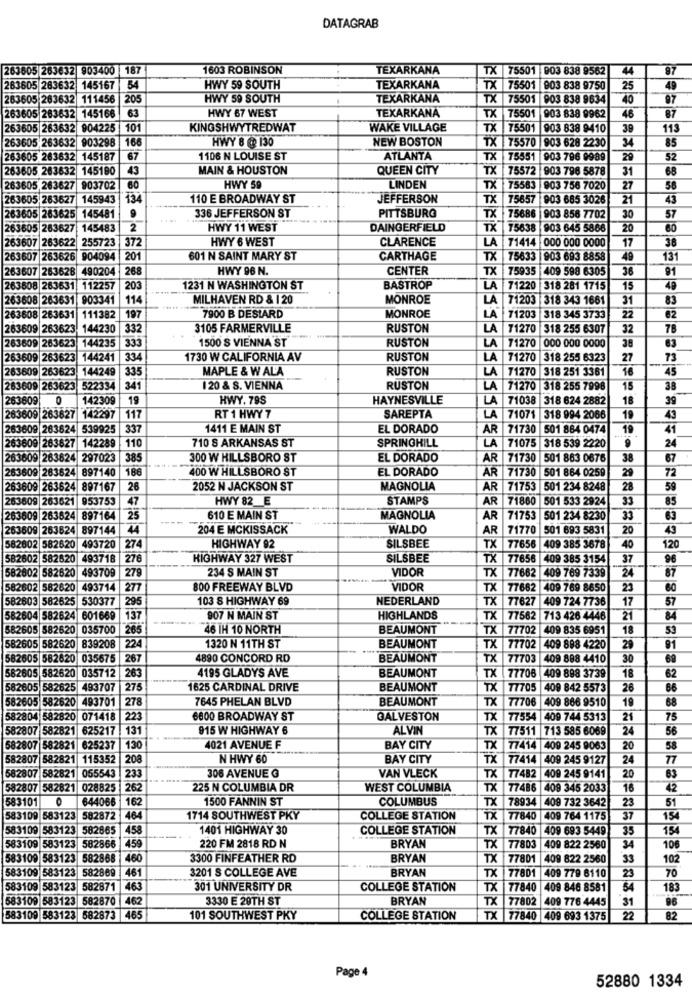
DATAGRAB
263605 263632 903400 187
1603 ROBINSON
TEXARKANA
TX 75501 903 838 9562
44
87
263605 263632 145167 54
HWY 59 SOUTH
TEXARKANA
TX 75501 903 838 9750
25
49
263605 263632 111456 |205
HWY 59 SOUTH
.
TEXARKANA
TX 75501 903 838 9634
410
97
HWY 67 WEST
87
263605 263632 145166 63
TEXARKANA
TX 75501 903 838 9962
46
263605 263632 904225 101
KINGSHWYTREDWAT
WAKE VILLAGE
TX 75501 903 838 9410
39
113
263605 263632 903298
166
HWY 8 @ 130
NEW BOSTON
TX 75570 903 628 2230
34
85
263605 263632 145187
67
1106 N LOUISE ST
ATLANTA
TX 75551 903 796 9989
29
52
263605 263632 145190
43
MAIN & HOUSTON
QUEEN CITY
TX 75572 903 796 5878
31
68
263605 263627 903702 60
HWY 59
LINDEN
TX 75583 903 756 7020
27
58
263605 263627 145943
134
110 E BROADWAY ST
JEFFERSON
TX
75657
903 685 3026
21
43
9
336 JEFFERSON ST
263605 263625 145481
PITTSBURG
TX 75686
903 856 7702
30
57
263605 263627
145483
2
HWY 11 WEST
DAINGERFIELD
TX 75638
903 645 5866
20
60
263607 263622
HWY 6 WEST
CLARENCE
LA 71414 000 000 0000
17
38
255723 372
263607 263626 904094 201
601 N SAINT MARY ST
CARTHAGE
TX
75633 903 693 8858
49
131
263607 263628
490204 268
HWY 96 N.
CENTER
TX
75935
409 598 6305
36
91
263608 263631 112257
203
1231 N WASHINGTON ST
BASTROP
LA
71220 318 281 1715
15
40
263608 263631 903341
114
MILHAVEN RD & 120
MONROE
LA
71203 318 343 1661
31
83
MONROE
62
263608 263631
111382 197
7900 B DESLARD
LA
71203 318 345 3733
22
263609 263623
144230
332
3105 FARMERVILLE
RUSTON
LA
71270 318 255 6307
32
78
263609 263623
144235
333
1500 S VIENNA ST
RUSTON
LA 71270 000 000 0000
38
63
263609 263623
144241
334
1730 W CALIFORNIA AV
RUSTON
LA
71270 318 255 6323
27
73
263623
144249
335
MAPLE & W ALA
RUSTON
LA 71270 318 251 3361
16
45
263609 263623
522334
341
120 & S. VIENNA
RUSTON
LA 71270 318 255 7998
15
38
263809
142309
19
HWY. 79S
HAYNESVILLE
LA
71038 318 624 2882
18
39
263609 263827 142297
117
RT 1 HWY 7
SAREPTA
LA
71071 318 994 2066
43
28360
263624 539925
337
1411 E MAIN ST
EL DORADO
AR
71730 501 884 0474
19
41
110
710 S ARKANSAS ST
SPRINGHILL
LA
71075 318 539 2220
9
24
263609 263627
142289
263609 263824 297023
385
300 W HILLSBORO ST
EL DORADO
AR
71730 501 863 0676
38
67
609 283624
897140
186
400 W HILLSBORO ST
EL DORADO
AR
71730 501 864 0259
29
72
263609 263624
897167
26
2052 N JACKSON ST
MAGNOLIA
AR
71753 501 234 8248
28
59
263609 263621 953753
953753
47
HWY 82 E
STAMPS
AR
71860
501 533 2924
33
85
263609 263624 897164
897164
25
610 E MAIN ST
MAGNOLIA
AR
71753
501 234 8230
33
63
263609 263624
897144
44
204 E MCKISSACK
WALDO
AR
71770
501 693 5831
20
43
HIGHWAY 92
SILSBEE
120
582602 582620
493720
274
TX
77656
409 385 3678
40
582602
582620
493718
276
HIGHWAY 327 WEST
SILSBEE
TX
77656
409 385 3154
37
96
582602
582620
493709
27
234 S MAIN ST
VIDOR
TX
77662
409 769 7339
24
87
582602
582620
493714
277
800 FREEWAY BLVD
VIDOR
TX
77682 409 769 8650
23
582603 582625
530377
295
103 8 HIGHWAY 69
NEDERLAND
TX
77627
409 724 7736
17
57
582604 582624
582624
601669
137
907 N MAIN ST
HIGHLANDS
TX
77562 713 426 4446
21
582605 582620
035700
265
46 IH 10 NORTH
BEAUMONT
TX
77702
409 835 6951
18
53
839208
582605 582620
224
1320 N 11TH ST
BEAUMONT
TX
77702 |409 898 4220
29
81
582605 582620
035675
267
4890 CONCORD RD
BEAUMONT
TX
77703 409 888 4410
30
69
582605 582620
582620
035712
263
4195 GLADYS AVE
BEAUMONT
77706
62
TX
409 898 3739
18
582605 582625
493707
27
1625 CARDINAL DRIVE
BEAUMONT
TX 77705
409 842 5573
26
66
582605 582620
493701
278
7645 PHELAN BLVD
BEAUMONT
TX 77706
409 866 9510
19
68
582804 582820
071418
223
6800 BROADWAY ST
GALVESTON
TX 77554 |409 744 5313
21
75
582807 582821 625217 131
915 W HIGHWAY 6
ALVIN
TX 77511 713 585 6069
24
56
582807 582821 625237
130
4021 AVENUE F
BAY CITY
TX 77414 409 245 9063
20
58
582807 582821 115352
208
N HWY 60
BAY CITY
TX 77414 409 245 9127
24
77
233
306 AVENUE G
VAN VLECK
582807 582821 055543
TX
77482 409 245 9141
20
63
582807 582821 028825 262
225 N COLUMBIA DR
WEST COLUMBIA
TX 77486
409 345 2033
16
42
583101
644066
162
1500 FANNIN ST
COLUMBUS
TX 78934
23
51
409 732 3642
583109 583123 582872
464
1714 SOUTHWEST PKY
COLLEGE STATION
TX 77840
409 764 1175
37
154
583109 583123 582865
4.58
1401 HIGHWAY 30
COLLEGE STATION
TX 77840
409 693 5449
35
154
BRYAN
583109 583123 582866
459
220 FM 2818 RD N
TX
77803
409 822 2560
34
106
583109 583123 582868
460
3300 FINFEATHER RD
BRYAN
TX
77801
409 822 2560
33
102
583109 583123
582869
461
3201 S COLLEGE AVE
BRYAN
TX 77801
23
70
409 779 6110
583109 583123
582871
463
301 UNIVERSITY DR
COLLEGE STATION
TX
77840
409 846 8581
54
183
583109 583123 582870
462
3330 E 29TH ST
BRYAN
TX
77802
409 776 4445
31
96
583109 583123 582873 465
101 SOUTHWEST PKY
COLLEGE STATION
TX 77840 409 693 1375
22
82
Page 4
52880 1334